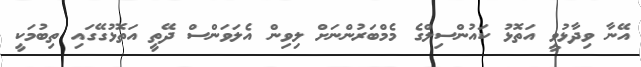
އޭނާ ވިދާޅުވީ އަތޮޅު ކައުންސިލްގެ މެމްބަރުންނަށް ލިވިން އެލަވަންސް ދޭތީ އަތޮޅުގޭގައި ތިބުމަކީ